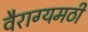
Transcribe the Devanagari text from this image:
वैराग्यमठी